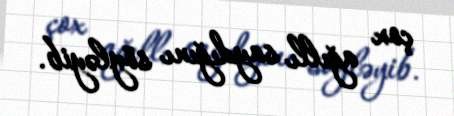
çox ağıllı saydığını söyləyib.